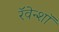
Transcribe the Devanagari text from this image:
रॅवेन्शॉ